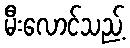
မီးလောင်သည့်